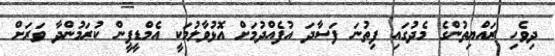
ދިވެހި ރައްޔިތުންގެ މެދުގައި ފިތުނަ ފަސާދަ އުފެއްދުމަށް އޮޅުވާލުމަކީ އެމްޑީޕީން ކުރަމުންދާ ވަރަށް